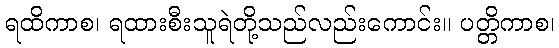
ရထိကာစ၊ ရထားစီးသူရဲတို့သည်လည်းကောင်း။ ပတ္တိကာစ၊